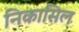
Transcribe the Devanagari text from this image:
निकासिल